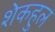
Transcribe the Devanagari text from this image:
शेकहुल